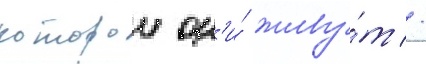
которои он'и́ живу́т //